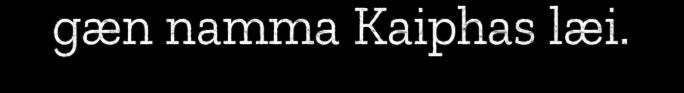
gæn namma Kaiphas læi.